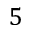
5